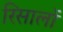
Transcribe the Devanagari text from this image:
रिसालों